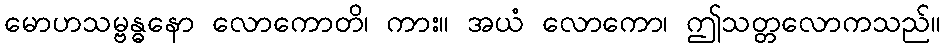
မောဟသမ္ဗန္ဓနော လောကောတိ၊ ကား။ အယံ လောကော၊ ဤသတ္တလောကသည်။